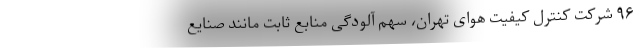
۹۶ شرکت کنترل کیفیت هوای تهران، سهم آلودگی منابع ثابت مانند صنایع